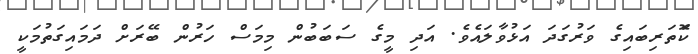
ކޮަތަރިބައިގެ ވަރުގަދަ އަޅުވާލައެވެ. އަދި މީގެ ސަބަބުން މިމަސް ހަރުން ބޭރަށް ދަމައިގަތުމަކީ